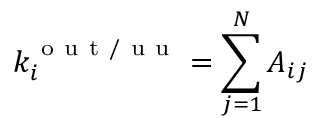
k _ { i } ^ { \mathrm { ~ o ~ u ~ t ~ / ~ u ~ u ~ } } = \sum _ { j = 1 } ^ { N } A _ { i j }